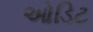
ઓડિટ